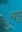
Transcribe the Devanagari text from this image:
चट्ट